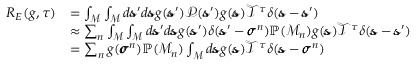
\begin{array} { r l } { R _ { E } ( g , \tau ) } & { = \int _ { \mathcal { M } } \int _ { \mathcal { M } } d \pmb { \mathscr { s } } ^ { \prime } d \pmb { \mathscr { s } } g ( \pmb { \mathscr { s } } ^ { \prime } ) \mathscr { P } ( \pmb { \mathscr { s } } ^ { \prime } ) g ( \pmb { \mathscr { s } } ) \mathscr { T } ^ { \tau } \delta ( \pmb { \mathscr { s } } - \pmb { \mathscr { s } } ^ { \prime } ) } \\ & { \approx \sum _ { n } \int _ { \mathcal { M } } \int _ { \mathcal { M } } d \pmb { \mathscr { s } } ^ { \prime } d \pmb { \mathscr { s } } g ( \pmb { \mathscr { s } } ^ { \prime } ) \delta ( \pmb { \mathscr { s } } ^ { \prime } - \pmb { \sigma } ^ { n } ) \mathbb { P } ( \mathcal { M } _ { n } ) g ( \pmb { \mathscr { s } } ) \mathscr { T } ^ { \tau } \delta ( \pmb { \mathscr { s } } - \pmb { \mathscr { s } } ^ { \prime } ) } \\ & { = \sum _ { n } g ( \pmb { \sigma } ^ { n } ) \mathbb { P } ( \mathcal { M } _ { n } ) \int _ { \mathcal { M } } d \pmb { \mathscr { s } } g ( \pmb { \mathscr { s } } ) \mathscr { T } ^ { \tau } \delta ( \pmb { \mathscr { s } } - \pmb { \sigma } ^ { n } ) } \end{array}